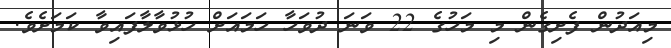
މިއަދުން ފެށިގެން މި މަހުގެ 22 ވަނަ ދުވަހާ ހަމައަށް ހުޅުވާލާފައިވާ ކަމަށެވެ.